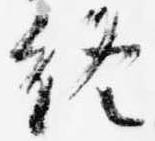
終